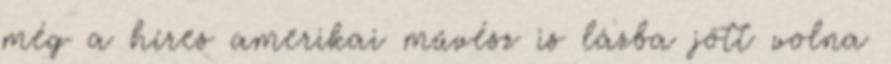
még a híres amerikai művész is lázba jött volna